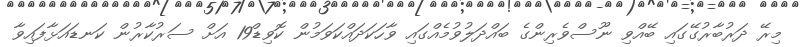
މިރޭ ދަރުބާރުގޭގައި ބޭއްވި ނޫސްވެރިންގެ ބައްދަލުވުމެއްގައި ވާހަކަދައްކަވަމުން ކޮވިޑް19 އަށް ސަރުކާރުން ކަނޑައަޅާފައިވާ